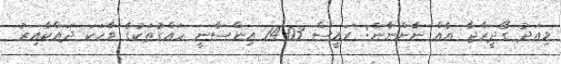
މިއަދު ގޯދީރާޖާ އެއް ނާންނާނެ: ރައީސް 14.03 އިންސާނީ ހައްގުތަކުގެ ވާހަކަ ދައްކާއިރު